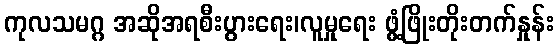
ကုလသမဂ္ဂ အဆိုအရစီးပွားရေး၊လူမှုရေး ဖွံ့ဖြိုးတိုးတက်နှုန်း